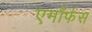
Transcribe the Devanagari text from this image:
एमॉर्फस